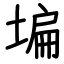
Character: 𡎚